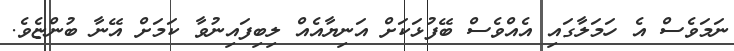
ނަމަވެސް އެ ހަމަލާގައި އެއްވެސް ބޭފުޅަކަށް އަނިޔާއެއް ލިބިފައިނުވާ ކަމަށް އޭނާ ބުންޏެވެ.